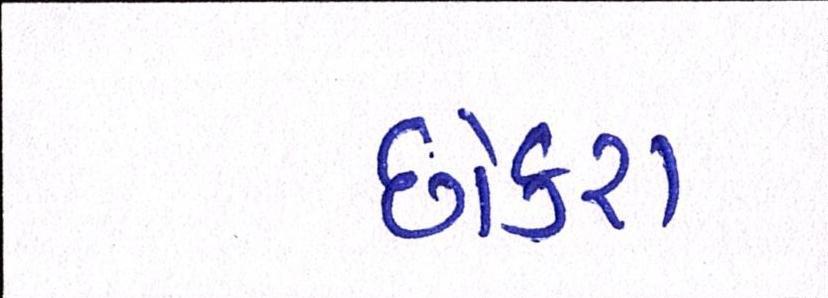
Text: છોકરા